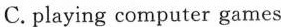
C. playing computer games